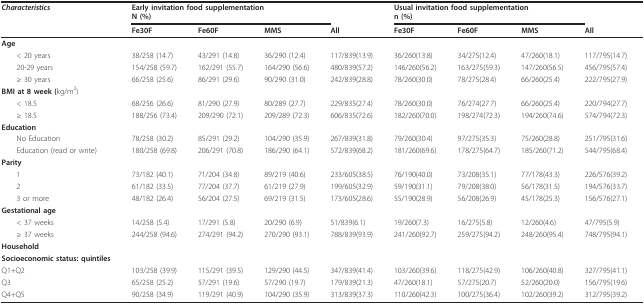
<table><thead><tr><td><b><i>Characteristics</i></b></td><td colspan="3"><b>Early invitation food supplementationN (%)</b></td><td></td><td colspan="3"><b>Usual invitation food supplementationn (%)</b></td><td></td></tr><tr><td></td><td><b>Fe30F</b></td><td><b>Fe60F</b></td><td><b>MMS</b></td><td><b>All</b></td><td><b>Fe30F</b></td><td><b>Fe60F</b></td><td><b>MMS</b></td><td><b>All</b></td></tr></thead><tbody><tr><td><b>Age</b></td><td></td><td></td><td></td><td></td><td></td><td></td><td></td><td></td></tr><tr><td> &lt; 20 years</td><td>38/258 (14.7)</td><td>43/291 (14.8)</td><td>36/290 (12.4)</td><td>117/839(13.9)</td><td>36/260(13.8)</td><td>34/275(12.4)</td><td>47/260(18.1)</td><td>117/795(14.7)</td></tr><tr><td> 20-29 years</td><td>154/258 (59.7)</td><td>162/291 (55.7)</td><td>164/290 (56.6)</td><td>480/839(57.2)</td><td>146/260(56.2)</td><td>163/275(59.3)</td><td>147/260(56.5)</td><td>456/795(57.4)</td></tr><tr><td> ≥ 30 years</td><td>66/258 (25.6)</td><td>86/291 (29.6)</td><td>90/290 (31.0)</td><td>242/839(28.8)</td><td>78/260(30.0)</td><td>78/275(28.4)</td><td>66/260(25.4)</td><td>222/795(27.9)</td></tr><tr><td><b>BMI at 8 week (</b>kg/m<sup>2</sup>)</td><td></td><td></td><td></td><td></td><td></td><td></td><td></td><td></td></tr><tr><td> &lt; 18.5</td><td>68/256 (26.6)</td><td>81/290 (27.9)</td><td>80/289 (27.7)</td><td>229/835(27.4)</td><td>78/260(30.0)</td><td>76/274(27.7)</td><td>66/260(25.4)</td><td>220/794(27.7)</td></tr><tr><td> ≥ 18.5</td><td>188/256 (73.4)</td><td>209/290 (72.1)</td><td>209/289 (72.3)</td><td>606/835(72.6)</td><td>182/260(70.0)</td><td>198/274(72.3)</td><td>194/260(74.6)</td><td>574/794(72.3)</td></tr><tr><td><b>Education</b></td><td></td><td></td><td></td><td></td><td></td><td></td><td></td><td></td></tr><tr><td> No Education</td><td>78/258 (30.2)</td><td>85/291 (29.2)</td><td>104/290 (35.9)</td><td>267/839(31.8)</td><td>79/260(30.4)</td><td>97/275(35.3)</td><td>75/260(28.8)</td><td>251/795(31.6)</td></tr><tr><td> Education (read or write)</td><td>180/258 (69.8)</td><td>206/291 (70.8)</td><td>186/290 (64.1)</td><td>572/839(68.2)</td><td>181/260(69.6)</td><td>178/275(64.7)</td><td>185/260(71.2)</td><td>544/795(68.4)</td></tr><tr><td><b>Parity</b></td><td></td><td></td><td></td><td></td><td></td><td></td><td></td><td></td></tr><tr><td> 1</td><td>73/182 (40.1)</td><td>71/204 (34.8)</td><td>89/219 (40.6)</td><td>233/605(38.5)</td><td>76/190(40.0)</td><td>73/208(35.1)</td><td>77/178(43.3)</td><td>226/576(39.2)</td></tr><tr><td> 2</td><td>61/182 (33.5)</td><td>77/204 (37.7)</td><td>61/219 (27.9)</td><td>199/605(32.9)</td><td>59/190(31.1)</td><td>79/208(38.0)</td><td>56/178(31.5)</td><td>194/576(33.7)</td></tr><tr><td> 3 or more</td><td>48/182 (26.4)</td><td>56/204 (27.5)</td><td>69/219 (31.5)</td><td>173/605(28.6)</td><td>55/190(28.9)</td><td>56/208(26.9)</td><td>45/178(25.3)</td><td>156/576(27.1)</td></tr><tr><td><b>Gestational age</b></td><td></td><td></td><td></td><td></td><td></td><td></td><td></td><td></td></tr><tr><td> &lt; 37 weeks</td><td>14/258 (5.4)</td><td>17/291 (5.8)</td><td>20/290 (6.9)</td><td>51/839(6.1)</td><td>19/260(7.3)</td><td>16/275(5.8)</td><td>12/260(4.6)</td><td>47/795(5.9)</td></tr><tr><td> ≥ 37 weeks</td><td>244/258 (94.6)</td><td>274/291 (94.2)</td><td>270/290 (93.1)</td><td>788/839(93.9)</td><td>241/260(92.7)</td><td>259/275(94.2)</td><td>248/260(95.4)</td><td>748/795(94.1)</td></tr><tr><td><b>Household</b></td><td></td><td></td><td></td><td></td><td></td><td></td><td></td><td></td></tr><tr><td><b>Socioeconomic status: quintiles</b></td><td></td><td></td><td></td><td></td><td></td><td></td><td></td><td></td></tr><tr><td>Q1+Q2</td><td>103/258 (39.9)</td><td>115/291 (39.5)</td><td>129/290 (44.5)</td><td>347/839(41.4)</td><td>103/260(39.6)</td><td>118/275(42.9)</td><td>106/260(40.8)</td><td>327/795(41.1)</td></tr><tr><td>Q3</td><td>65/258 (25.2)</td><td>57/291 (19.6)</td><td>57/290 (19.7)</td><td>179/839(21.3)</td><td>47/260(18.1)</td><td>57/275(20.7)</td><td>52/260(20.0)</td><td>156/795(19.6)</td></tr><tr><td>Q4+Q5</td><td>90/258 (34.9)</td><td>119/291 (40.9)</td><td>104/290 (35.9)</td><td>313/839(37.3)</td><td>110/260(42.3)</td><td>100/275(36.4)</td><td>102/260(39.2)</td><td>312/795(39.2)</td></tr></tbody></table>